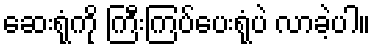
ဆေးရုံကို ကြီးကြပ်ပေးရုံပဲ လာခဲ့ပါ။